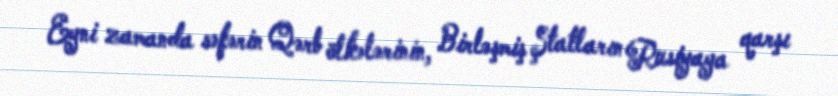
Eyni zamanda səfərin Qərb ölkələrinin, Birləşmiş Ştatların Rusiyaya qarşı